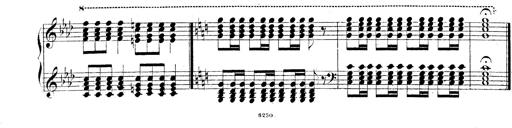
Title: Technische Studien
Composer: Franz Liszt